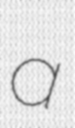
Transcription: a